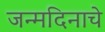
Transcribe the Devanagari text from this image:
जन्‍मदिनाचे